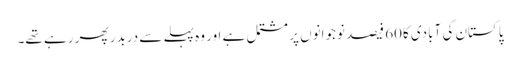
پاکستان کی آبادی کا60 فیصد نوجوانوں پر مشتمل ہے اور وہ پہلے سے دربدر پھر رہے تھے۔